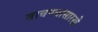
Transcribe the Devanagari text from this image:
वाचण्यासारखे